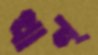
থান্